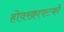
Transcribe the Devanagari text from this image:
होवरक्राफ्टको